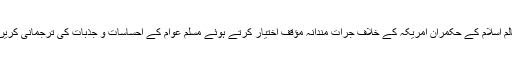
عالم اسلام کے حکمران امریکہ کے خلاف جرات مندانہ مؤقف اختیار کرتے ہوئے مسلم عوام کے احساسات و جذبات کی ترجمانی کریں''۔